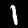
Digit: 1